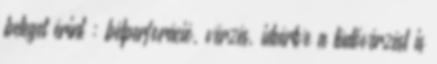
beteget érint : bélperforáció, vérzés, ideértve a tüdővérzést is